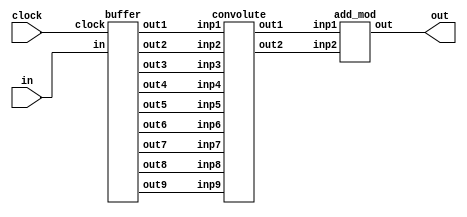
module filter(
input [7:0]in,
input clock,
output [7:0]out);

wire [7:0]wr1,wr2,wr3,wr4,wr5,wr6,wr7,wr8,wr9,gx,gy;
buffer buffer1(in,clock,wr1,wr2,wr3,wr4,wr5,wr6,wr7,wr8,wr9);
convolute cnv1(wr1,wr2,wr3,wr4,wr5,wr6,wr7,wr8,wr9,gx,gy);
add_mod admd1(gx,gy,out);
endmodule

module buffer(
input [7:0]in,
input clock,
output [7:0]out1,out2,out3,out4,out5,out6,out7,out8,out9);

delaY d1(clock,in,out9); 
delaY d2(clock,out9,out8);
delaY d3(clock,out8,out7);
delaY d4(clock,out7,out6);
delaY d5(clock,out6,out5);
delaY d6(clock,out5,out4);
delaY d7(clock,out4,out3);
delaY d8(clock,out3,out2);
delaY d9(clock,out2,out1);

endmodule 

module delaY(
input clock,
input [7:0]inp,
output reg [7:0]out);

always@(posedge(clock))
begin 
      out <= inp;
end
endmodule


module convolute(
input [7:0]inp1,inp2,inp3,inp4,inp5,inp6,inp7,inp8,inp9,
output [7:0]out1,out2);

wire [7:0] w1,w2,w3,w4;

assign w1 = inp8 + inp8;
assign w2 = inp2 + inp2;
assign w3 = inp6 + inp6;
assign w4 = inp4 + inp4;

wire [7:0]g1,g2,g3,g4;
assign g1 = inp7 + w1 + inp9;
assign g2 = inp1 + w2 + inp3;
assign g3 = inp3 + w3 + inp9;
assign g4 = inp1 + w4 + inp7;

assign out1 = g1 - g2;
assign out2 = g3 - g4;
endmodule 

module add_mod(
input [7:0]inp1,inp2,
output [7:0]out);

reg [7:0]w1,w2;
always@(inp1 or inp2)
begin 
      if(inp1 > 0)
           w1 <= inp1;
      else 
           w1 <= 8'b0 - inp1;
              
      if (inp2 > 0 )
           w2 <= inp2;
      else
           w2 <= 8'b0 - inp2;
end
assign out = w1 + w2;
endmodule